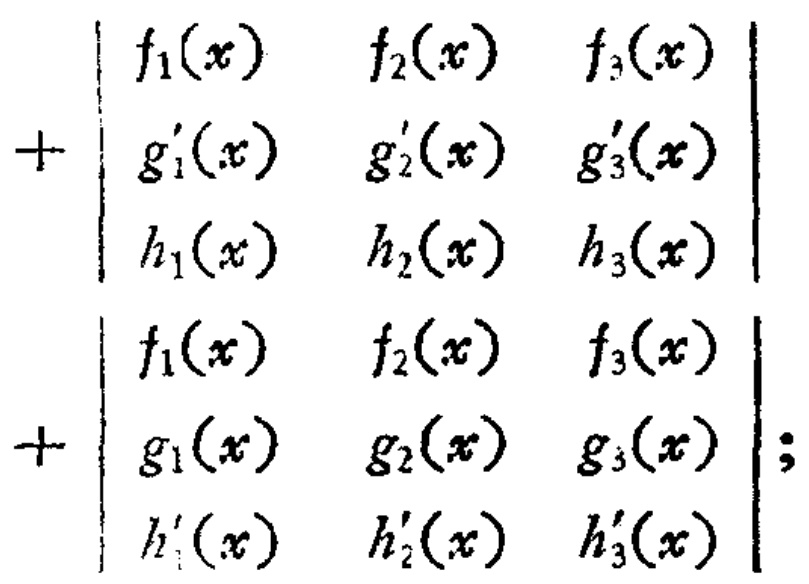
\[
+
\begin{vmatrix}
f_1(x) & f_2(x) & f_3(x) \\
g_1'(x) & g_2'(x) & g_3'(x) \\
h_1(x) & h_2(x) & h_3(x)
\end{vmatrix}
+
\begin{vmatrix}
f_1(x) & f_2(x) & f_3(x) \\
g_1(x) & g_2(x) & g_3(x) \\
h_1'(x) & h_2'(x) & h_3'(x)
\end{vmatrix};
\]